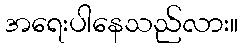
အရေးပါနေသည်လား။